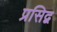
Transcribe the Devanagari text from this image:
प्रसिद्व